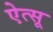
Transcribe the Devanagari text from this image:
ऐत्सू